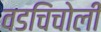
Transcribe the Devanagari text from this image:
वडचिंचोली